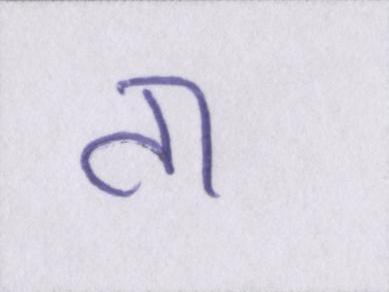
ता